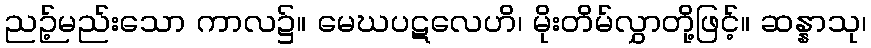
ညဉ့်မည်းသော ကာလ၌။ မေဃပဋလေဟိ၊ မိုးတိမ်လွှာတို့ဖြင့်။ ဆန္နာသု၊